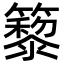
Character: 䉫